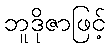
ဘူဒိုဇာဖြင့်